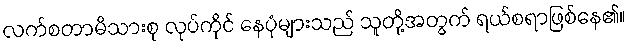
လက်စတာမိသားစု လုပ်ကိုင် နေပုံများသည် သူတို့အတွက် ရယ်စရာဖြစ်နေ၏။